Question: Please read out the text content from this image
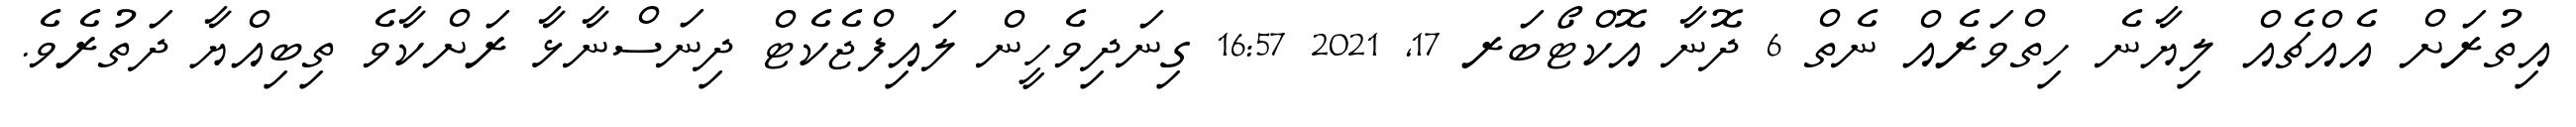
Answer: އިތުރަށް އެއްޗެއް ލިޔާނެ ހިތްވަރެއް ނެތް 6 ދޮނާ އޮކްޓޯބަރ 17, 2021 16:57 ގިނަދިވެހީން ލައިފްޖެކެޓް ދިނަސްނާޅާ ރަށްކާވެ ތިބިއްޔާ ދަތުރެވެ.